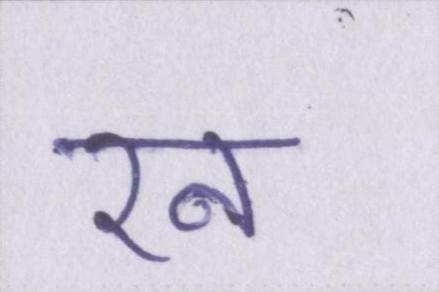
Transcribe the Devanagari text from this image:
रन